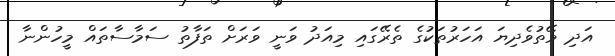
އަދި ވޭތުވެދިޔަ އަހަރުތަކުގެ ތެރޭގައި މިއަދު ވަނީ ވަރަށް ތަފާތު ސަމާސާތައް މީހުންނާ